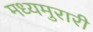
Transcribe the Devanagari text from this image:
मध्यमुरारी